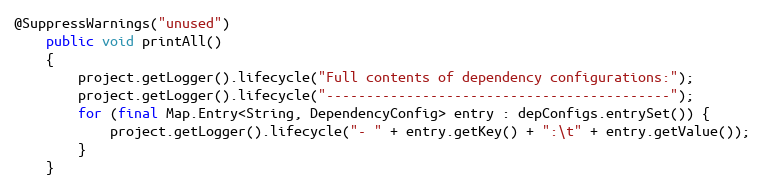
Language: Java
@SuppressWarnings("unused")
    public void printAll()
    {
        project.getLogger().lifecycle("Full contents of dependency configurations:");
        project.getLogger().lifecycle("-------------------------------------------");
        for (final Map.Entry<String, DependencyConfig> entry : depConfigs.entrySet()) {
            project.getLogger().lifecycle("- " + entry.getKey() + ":\t" + entry.getValue());
        }
    }